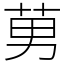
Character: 莮